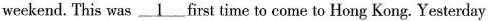
weckend. This was \underline{1} first time to come to Hong Kong. Yesterday